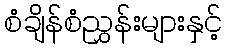
စံချိန်စံညွှန်းများနှင့်